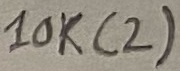
Text: 10K(2)